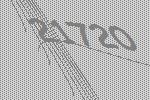
21720